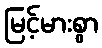
မြင့်မားစွာ